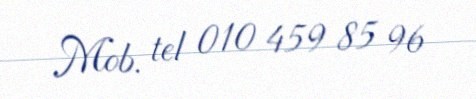
Mob. tel 010 459 85 96